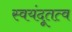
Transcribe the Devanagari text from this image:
स्वयंदूतत्व